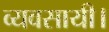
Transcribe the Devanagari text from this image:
व्यवसायी।